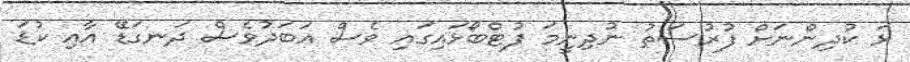
ޅަ ކުދިންނަށް ފުރުސަތު ނުދިނީމަ ފުޓްބޯޅައިގައި ވެސް އަބަދުވެސް ދަނގަޑޭ އާއި ކުޑަ